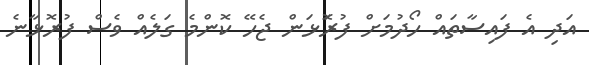
އަދި އެ ފައިސާތައް ހޯދުމަށް ފުރޮަޅަން ޖެހޭ ކޮންމެ ގަލެއް ވެސް ފުރޮޅާނެ